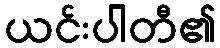
ယင်းပါတီ၏